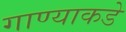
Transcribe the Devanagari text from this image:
गाण्याकडे